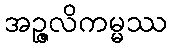
အဉ္ဇလိကမ္မဿ